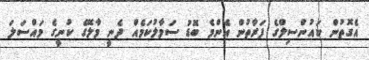
އެގޮތުން ކައުންސިލްގެ ފަރާތުން އެންމެ ބޮޑު ސަމާލުކަމެއް ދެނީ މާލޭގެ ކުނީގެ މައްސަލަ